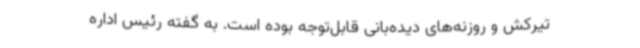
تیرکش و روزنه‌های دیده‌بانی قابل‌توجه بوده است. به گفته رئیس اداره